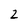
Character: 2